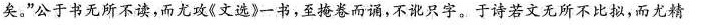
矣。”公于书无所不读，而尤攻《文选》一书，至掩卷而诵，不讹只字。于诗若文无所不比拟，而尤精